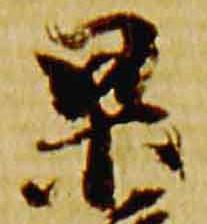
杲